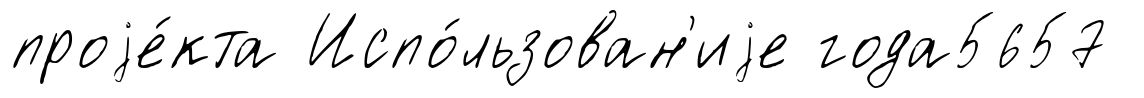
проjе́кта Испо́льзован'иjе года5657